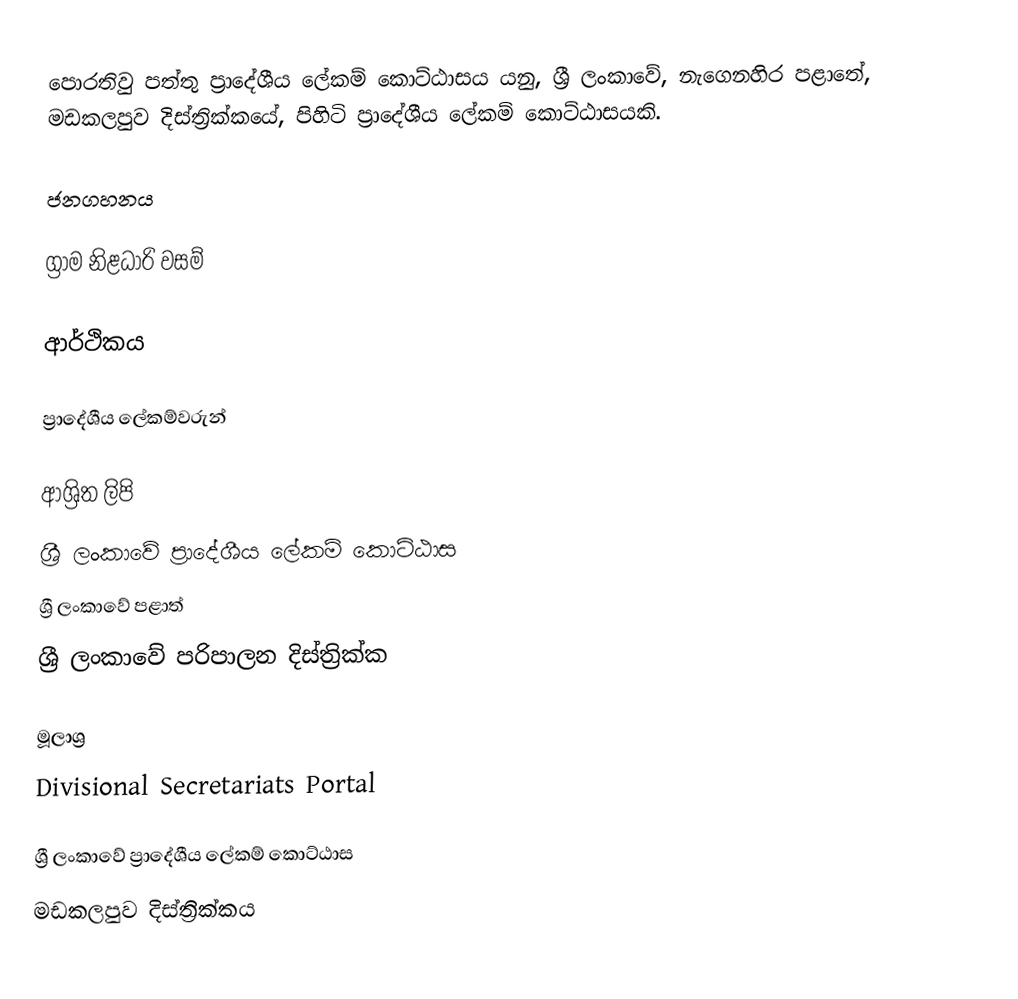
පොරතිවු පත්තු ප්‍රාදේශීය ලේකම් කොට්ඨාසය යනු,  ශ්‍රී ලංකාවේ, නැගෙනහිර පළාතේ,   මඩකලපුව දිස්ත්‍රික්කයේ, පිහිටි ප්‍රාදේශීය ලේකම් කොට්ඨාසයකි.

ජනගහනය

ග්‍රාම නිළධාරි වසම්

ආර්ථිකය

ප්‍රාදේශීය ලේකම්වරුන්

ආශ්‍රිත ලිපි
ශ්‍රී ලංකාවේ ප්‍රාදේශීය ලේකම් කොට්ඨාස
ශ්‍රී ලංකාවේ පළාත්
ශ්‍රී ලංකාවේ පරිපාලන දිස්ත්‍රික්ක

මූලාශ්‍ර
 Divisional Secretariats Portal

ශ්‍රී ලංකාවේ ප්‍රාදේශීය ලේකම් කොට්ඨාස
මඩකලපුව දිස්ත්‍රික්කය